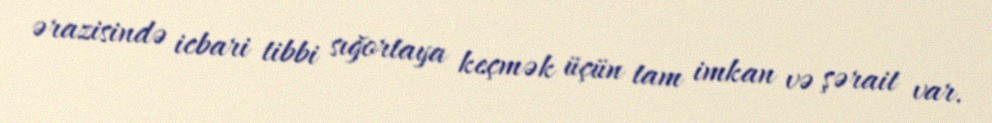
ərazisində icbari tibbi sığortaya keçmək üçün tam imkan və şərait var.